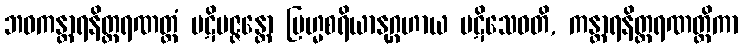
ဘဝကန္တာရနိတ္ထရဏတ္ထံ ပဋိပဇ္ဇန္တော ဗြဟ္မစရိယာနုဂ္ဂဟာယ ပဋိသေဝတိ, ကန္တာရနိတ္ထရဏတ္ထိကာ